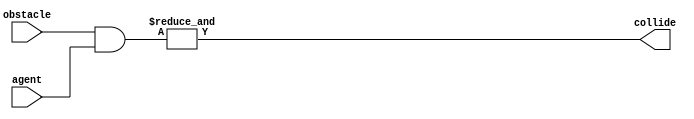
//////////////////////////////////////////////////////////////////////////////////
// Company:   
// Last Modified by:   Ruige_Lee
// Last Modified time: 2019-05-22 17:45:36
// page: https://whutddk.github.io/
// Design Name:   
// Module Name: collide
// Project Name:   
// Target Devices:   
// Tool Versions:   
// Description:   
// 
// Dependencies:   
// 
// Revision:  
// Revision:    -   
// Additional Comments:  
// 
//
//////////////////////////////////////////////////////////////////////////////////

module collide # 
	(
		parameter integer gridWidth = 65536
	)
	(
		input [gridWidth-1:0] obstacle,
		input [gridWidth-1:0] agent,
	
		output collide

);

	wire [gridWidth-1:0] collisionCheck = obstacle & agent;

	assign collide = &collisionCheck;

endmodule